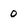
Character: 0